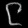
Digit: ၉